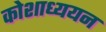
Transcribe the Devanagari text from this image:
कोशाध्ययन